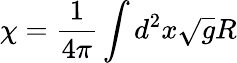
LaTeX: \chi=\frac{1}{4\pi}\int d^{2}x\sqrt{g}R